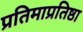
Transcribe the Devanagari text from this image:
प्रतिमाप्रतिष्ठा